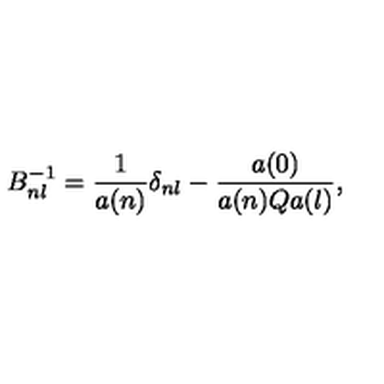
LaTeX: B _ { n l } ^ { - 1 } = \frac { 1 } { a ( n ) } \delta _ { n l } - \frac { a ( 0 ) } { a ( n ) Q a ( l ) } ,